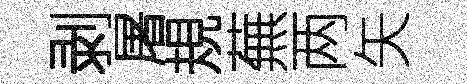
剥屠規蕪两矢